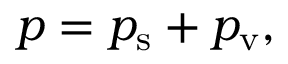
p = p _ { \mathrm { s } } + p _ { \mathrm { v } } ,